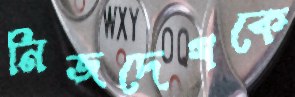
নিজদেশকে